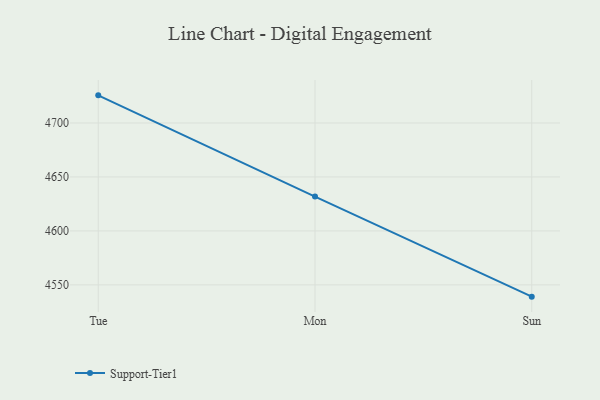
{"axis": {"x": "Day", "y": "Bounce Rate (%)"}, "legend": ["Support-Tier1"], "data": [{"x": "Tue", "y": 4725.6, "type": "Support-Tier1"}, {"x": "Mon", "y": 4631.8, "type": "Support-Tier1"}, {"x": "Sun", "y": 4539.1, "type": "Support-Tier1"}]}